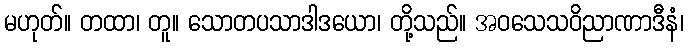
မဟုတ်။ တထာ၊ တူ။ သောတပသာဒါဒယော၊ တို့သည်။ အဝသေသဝိညာဏာဒီနံ၊